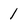
Character: 1